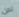
نحن